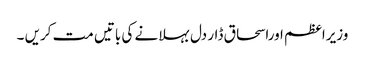
وزیراعظم اوراسحاق ڈار دل بہلانے کی باتیں مت کریں ۔